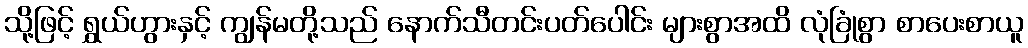
သို့ဖြင့် ရွှယ်ဟွားနှင့် ကျွန်မတို့သည် နောက်သီတင်းပတ်ပေါင်း များစွာအထိ လုံခြုံစွာ စာပေးစာယူ